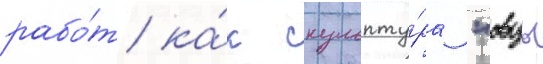
рабо́т ка́к скульпту́ра "овцы